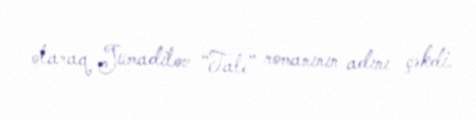
olaraq Jumadilov “Tale” romanının adını çəkdi.